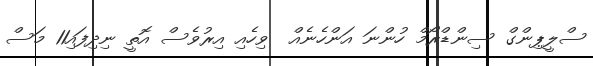
ސްލީޕިންގް ސިންޑްރޯމް ހުންނަ އަންހެނެއް  ވިހެއި އިރުވެސް އޮތީ ނިދިފައި11 މަސް